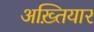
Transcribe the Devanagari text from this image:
अख़्तियार